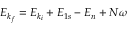
E _ { k _ { f } } = E _ { k _ { i } } + { E } _ { 1 s } - { E } _ { n } + N \omega